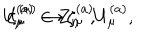
U _ { \mu } ^ { ( a ) } \rightarrow \zeta _ { \mu } ^ { ( a ) } U _ { \mu } ^ { ( a ) } , \hspace { 2 c m } \zeta _ { \mu } ^ { ( a ) } \in { \bf Z } _ { n } ~ ~ ,